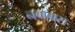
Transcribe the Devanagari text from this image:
नबाबास